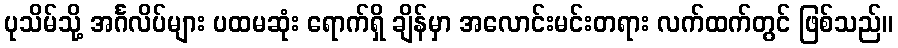
ပုသိမ်သို့ အင်္ဂလိပ်များ ပထမဆုံး ရောက်ရှိ ချိန်မှာ အလောင်းမင်းတရား လက်ထက်တွင် ဖြစ်သည်။